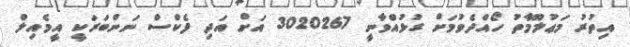
އިތުރު މަޢުލޫމާތު ހޯއްދެވުމަށް ގުޅުއްވާނީ 3020267 އަށް އަދި ފެކްސް ނަންބަރަކީ އީމެއިލް